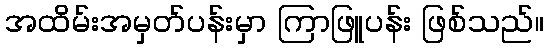
အထိမ်းအမှတ်ပန်းမှာ ကြာဖြူပန်း ဖြစ်သည်။